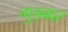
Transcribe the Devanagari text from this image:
गुड्बार